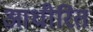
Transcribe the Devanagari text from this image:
आधीरित